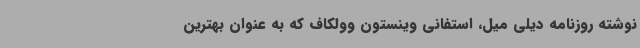
نوشته روزنامه دیلی میل، استفانی وینستون وولکاف که به عنوان بهترین